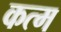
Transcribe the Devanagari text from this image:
कत्म